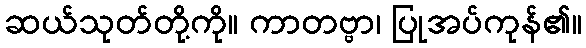
ဆယ်သုတ်တို့ကို။ ကာတဗ္ဗာ၊ ပြုအပ်ကုန်၏။